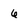
Character: 6